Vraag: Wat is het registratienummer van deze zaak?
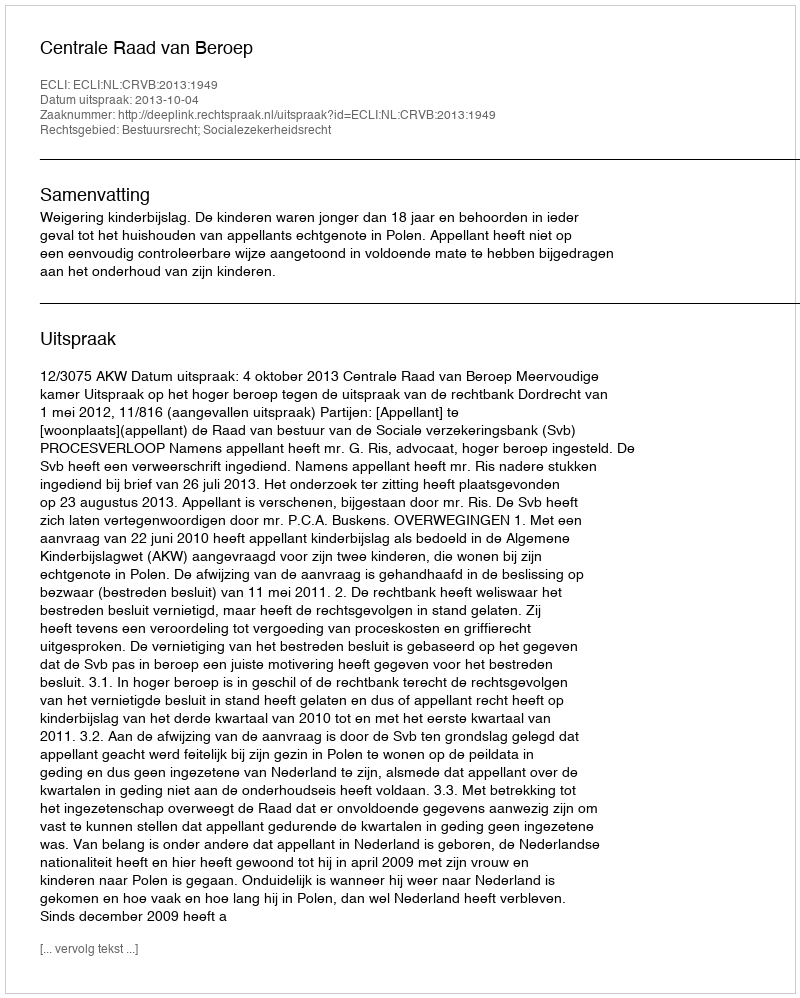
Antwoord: http://deeplink.rechtspraak.nl/uitspraak?id=ECLI:NL:CRVB:2013:1949